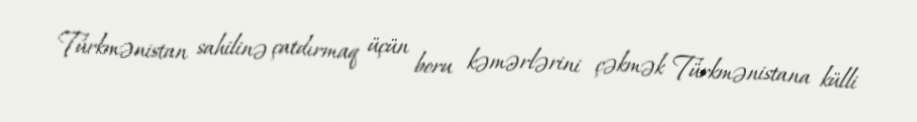
Türkmənistan sahilinə çatdırmaq üçün boru kəmərlərini çəkmək Türkmənistana külli